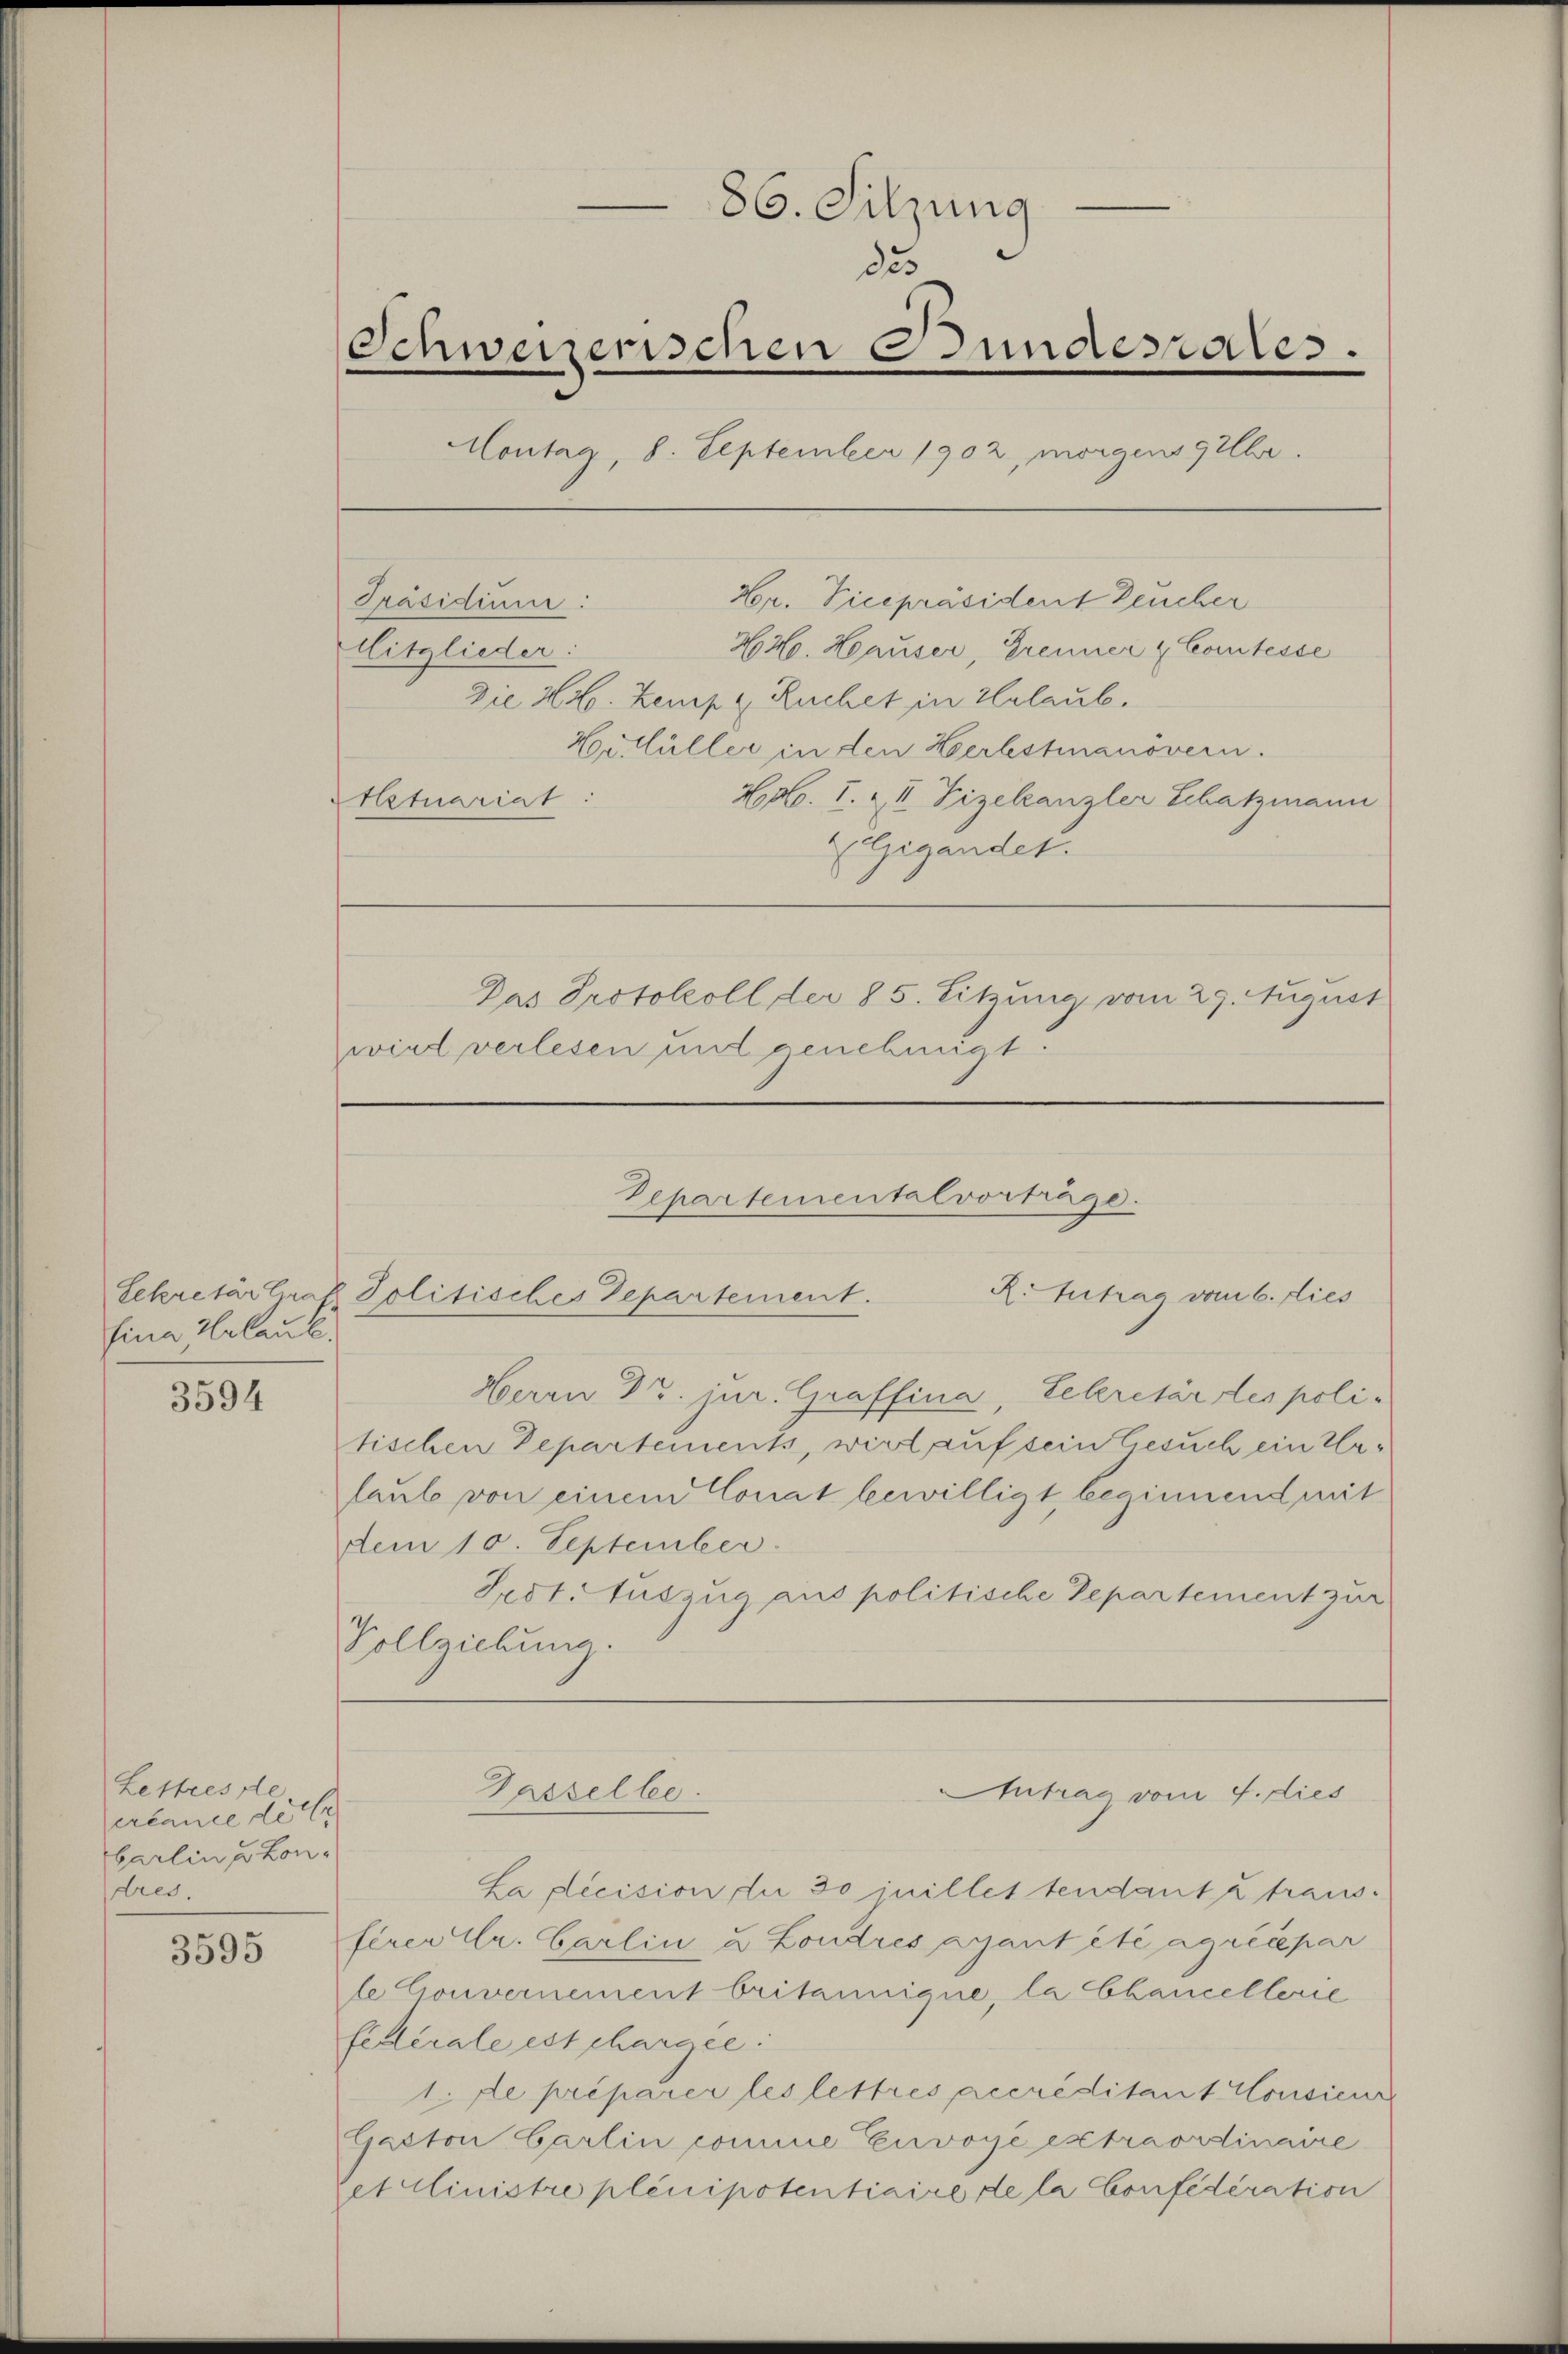
Eina Urlaub

3594

Lettres de
ercance de tr
barlin u Londres.

3595

—
86. Sitzung
823
Schweizerischen Bundesrates.
Contag, 8. September 1902, morgens gelber.
Hr. Vicepräsident Deucher
Präsidium:
Mitglieder:
44. Hauser, Brenner & Comtesse
Die Hr. Zemp u. Ruchet in Urlaub.
Hr. Hüller in den Herbstmanövern.
Hob. I. & II Zizekanzler Schatzmann
Atuariat.
Gigander.
Das Protokoll der 85. Sitzung vom 29. August
wird verlesen und genehmigt

Sekretär Graf Politisches Departement.

Departementalvorträge.
R.Zutrag vom 6. dies

Herrn Dr. jur. Graffina, Sekretär les politischen Departements, wird auf sein Gesuch ein Urlaub von einem Conat bewilligt, beginnend mit
dem 10. September.
Fedt. Auszug aus politische Departement zur
Vollziehung.
Dasselbe.
ntrag vom 4. dies
La decision die 30 juillettendant u traus.
ferer Mr. Carlin u Londres ayant été agrécepar
le Couvernement britannigne, la Chancellerie
fellerale est chargee:
1. de préparer les lettres accreditant Consieur
Gaston Carlin comme Euvoyé extraordinaire
etclinistre plenipotentiaire de la Confidération